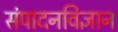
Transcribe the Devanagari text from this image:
संपादनविज्ञान